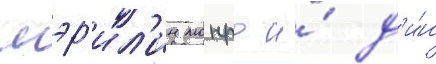
мэр'ил'ин монро и́ д'и́н